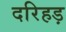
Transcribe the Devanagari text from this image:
दरिहड़